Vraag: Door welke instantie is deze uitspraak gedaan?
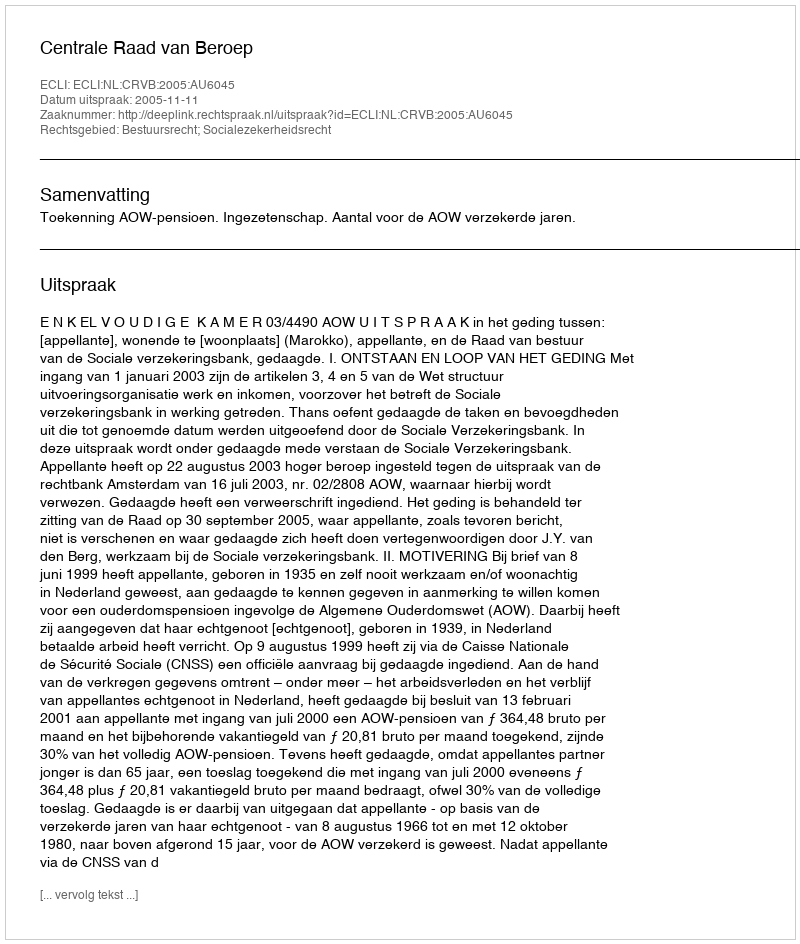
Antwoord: Centrale Raad van Beroep